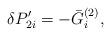
LaTeX: \begin{align*}\delta P_{2i}^{\prime }=-\bar G_i^{(2)},\end{align*}